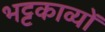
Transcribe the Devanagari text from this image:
भट्टकाव्यों